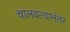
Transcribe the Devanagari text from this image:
चालवल्यानंतर